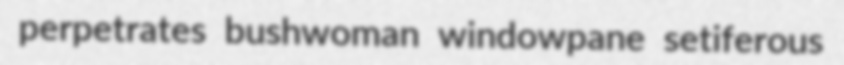
perpetrates bushwoman windowpane setiferous